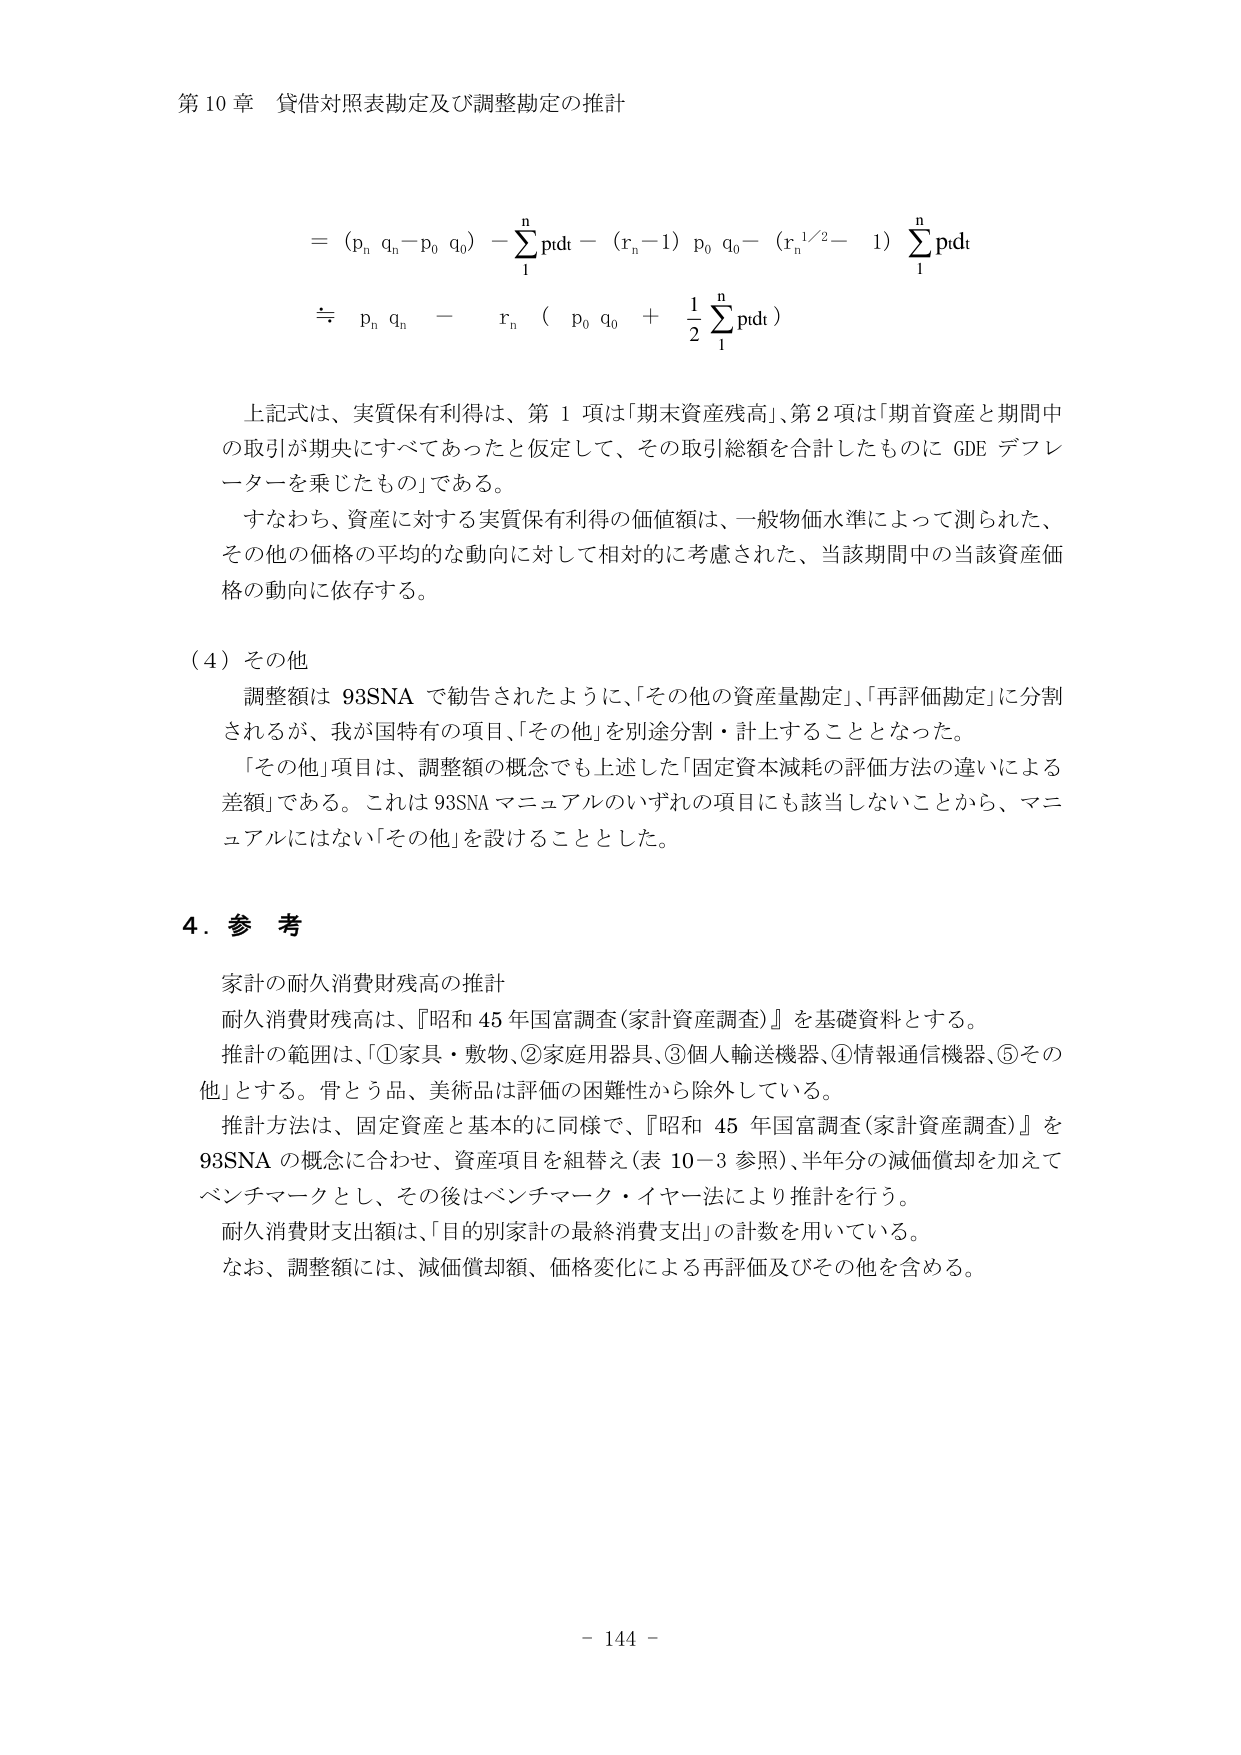
第10章 貸借対照表勘定及び調整勘定の推計

= (p_n q_n - p_0 q_0) - Σ_{t=1}^n p_t q_t - (r_n - 1) p_0 q_0 - (r_n^{1/2} - 1) Σ_{t=1}^n p_t q_t

≒ p_n q_n - r_n ( p_0 q_0 + 1/2 Σ_{t=1}^n p_t q_t )

上記式は、実質保有利得は、第1項は「期末資産残高」、第2項は「期首資産と期間中の取引が期央にすべてあったと仮定して、その取引総額を合計したものに GDE デフレーターを乗じたもの」である。

すなわち、資産に対する実質保有利得の価値額は、一般物価水準によって測られた、その他の価格の平均的な動向に対して相対的に考慮された、当該期間中の当該資産価格の動向に依存する。

（4）その他

調整額は 93SNA で勧告されたように、「その他の資産量勘定」、「再評価勘定」に分割されるが、我が国特有の項目、「その他」を別途分割・計上することとなった。

「その他」項目は、調整額の概念でも上述した「固定資本減耗の評価方法の違いによる差額」である。これは 93SNA マニュアルのいずれの項目にも該当しないことから、マニュアルにはない「その他」を設けることとした。

4. 参考

家計の耐久消費財残高の推計

耐久消費財残高は、『昭和45年国富調査（家計資産調査）』を基礎資料とする。

推計の範囲は、「①家具・敷物、②家庭用器具、③個人輸送機器、④情報通信機器、⑤その他」とする。骨とう品、美術品は評価の困難性から除外している。

推計方法は、固定資産と基本的に同様で、『昭和45年国富調査（家計資産調査）』を93SNA の概念に合わせ、資産項目を組替え（表10-3参照）、半年分の減価償却を加えてベンチマークとし、その後はベンチマーク・イヤー法により推計を行う。

耐久消費財支出額は、「目的別家計の最終消費支出」の計数を用いている。

なお、調整額には、減価償却額、価格変化による再評価及びその他を含める。

- 144 -